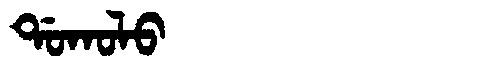
Manchu: ᡩᠣᡴᠣᠯᠣ
Romanization: DOKOLO